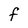
Character: F